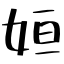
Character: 姮